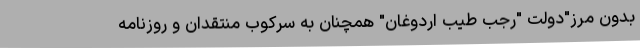
بدون مرز"دولت "رجب طیب اردوغان" همچنان به سرکوب منتقدان و روزنامه